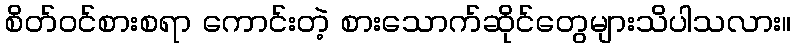
စိတ်ဝင်စားစရာ ကောင်းတဲ့ စားသောက်ဆိုင်တွေများသိပါသလား။